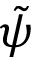
\tilde { \psi }